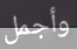
وأجمل